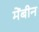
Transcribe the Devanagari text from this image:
मेंबीन